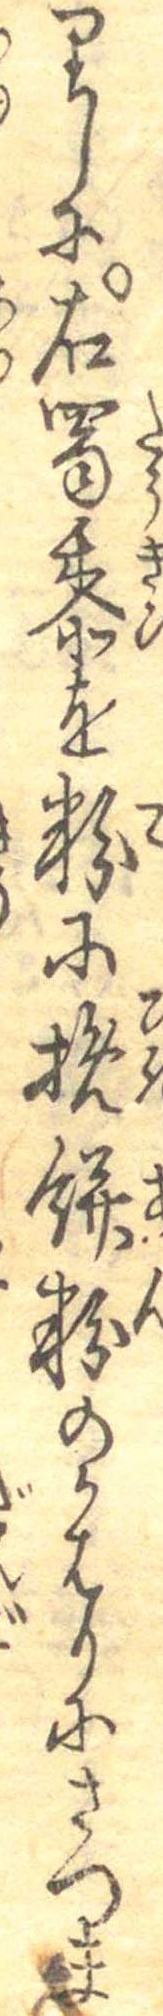
りしに右蜀黍を粉に挽餅粉のかはりにさつま